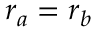
r _ { a } = r _ { b }